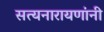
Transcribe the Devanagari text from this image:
सत्यनारायणांनी